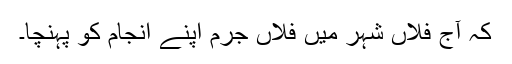
کہ آج فلاں شہر میں فلاں جرم اپنے انجام کو پہنچا۔